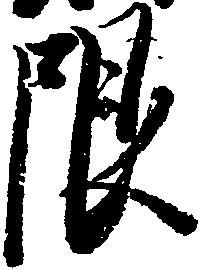
限